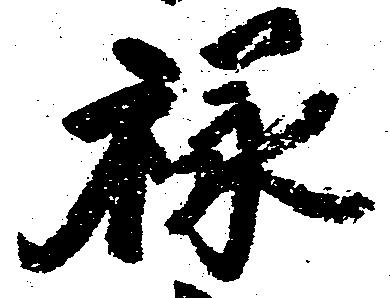
禄